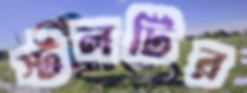
স্টলটির